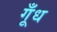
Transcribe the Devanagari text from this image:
गूँध